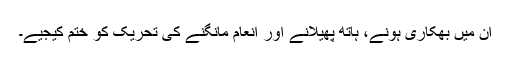
ان میں بھکاری ہونے، ہاتھ پھیلانے اور انعام مانگنے کی تحریک کو ختم کیجیے۔